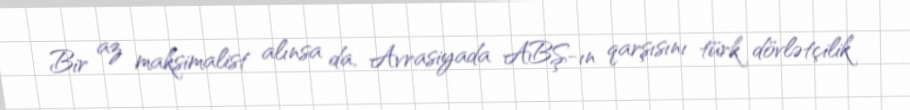
Bir az maksimalist alınsa da, Avrasiyada ABŞ-ın qarşısını türk dövlətçilik